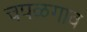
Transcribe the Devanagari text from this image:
चपळगाव